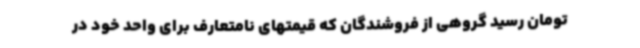
تومان رسید گروهی از فروشندگان که قیمتهای نامتعارف برای واحد خود در